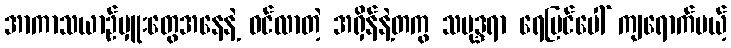
အာကာသယာဉ်မှူးတွေအနေနဲ့ ဝင်လာတဲ့ အရှိန်နဲ့တကွ သမုဒ္ဒရာ ရေပြင်ပေါ် ကျရောက်မယ့်